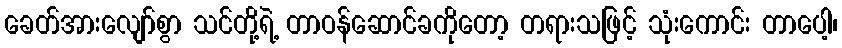
ခေတ်အားလျော်စွာ သင်တို့ရဲ့ တာဝန်ဆောင်ခကိုတော့ တရားသဖြင့် သုံးကောင်း တာပေါ့၊